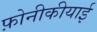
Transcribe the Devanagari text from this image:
फ़ोनीकीयाई